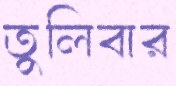
তুলিবার